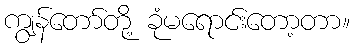
ကျွန်တော်တို့ ခုံမရောင်းတော့တာ။